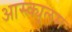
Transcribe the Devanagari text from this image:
आस्क्युलम